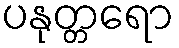
ပနုတ္တရော